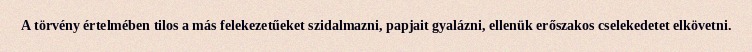
A törvény értelmében tilos a más felekezetűeket szidalmazni, papjait gyalázni, ellenük erőszakos cselekedetet elkövetni.